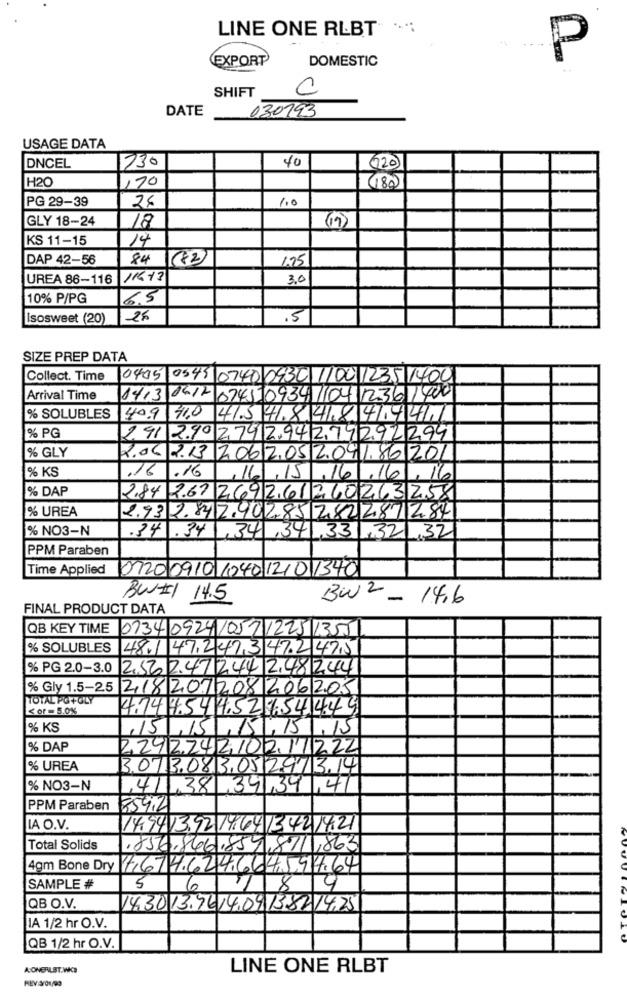
LINE ONE RLBT
(EXPORT
DOMESTIC
P
SHIFT
0
DATE
030193
USAGE DATA
730
40
DNCEL
620
H20
170
(180)
PG 29-39
1.0
26
GLY 18-24
18
(19)
KS 11-15
14
DAP 42-56
84
(82)
1.75
UREA 86-116
11613
3.0
10% P/PG
6.5
Isosweet (20)
26
.5
SIZE PREP DATA
Collect. Time
10405
0543 0740 0930
00123514001
Arrival Time
1413 0612 0145 0934 /104 12361/400
% SOLUBLES
40.9
41.0
41.5
4184441
% PG
241 290 274 2.94279292299
% GLY
2.06.2.13
2.06
52.041.86/20
% KS
.16
.16
6
16,16
% DAP
2.84
2.67 2,69
0263258
% UREA
2.932.842.94
12871284
% NO3-N
.34 .34
33
32
32
PPM Paraben
Time Applied
0720 0910 1040 1210 1340
BUIII
14.5
BW 2 - 14,6
FINAL PRODUCT DATA
QB KEY TIME 0134 0924/057 1225 1355
% SOLUBLES
48.1 47247347.2475
% PG 2.0-3.0
2,56 247 244 248244
% Gly 1.5-25 2,18 201208 206205
TOTAL PO +GLY
≤ or = 5.0%
4.74
4,524,54449
% KS
15
% DAP
2.241
22
% UREA
3.0713.08
3.05
14
% NO3-N
,41
47
PPM Paraben
859,2
LA O.V.
14.94
13.4214.21
Total Solids
.856
,863
4gm Bone Dry
17,6
1.664.544.64
5
SAMPLE #
QB O.V.
14.30
13.96 14.09138214,25
IA 1/2 hr O.V.
QB 1/2 hr O.V.
A:ONERLET.WICH
LINE ONE RLBT
REV 3/01/00